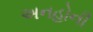
અનહોની